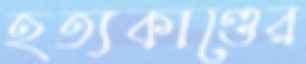
হত্যকাণ্ডের